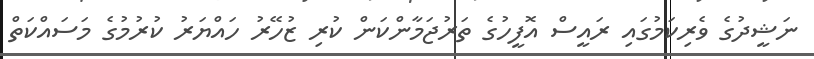
ނަޝީދުގެ ވެރިކަމުގައި ރައީސް އޮފީހުގެ ތަރުޖަމާންކަން ކުރި ޒުހޭރު ހައްޔަރު ކުރުމުގެ މަސައްކަތް